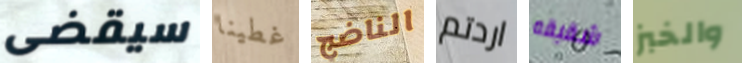
سيقضى غطينا الناضج اردتم شقيقه والخبز